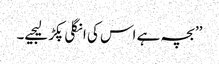
’’بچہ ہے اس کی انگلی پکڑ لیجیے۔